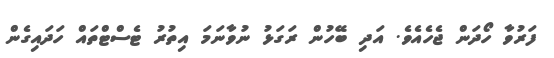
ފަރުވާ ހޯދަން ޖެހެއެވެ. އަދި ބޭހުން ރަގަޅު ނުވާނަމަ އިތުރު ޓެސްޓްތައް ހަދައިގެން